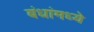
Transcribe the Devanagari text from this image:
बंधांमध्ये